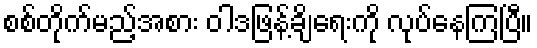
စစ်တိုက်မည့်အစား ဝါဒဖြန့်ချိရေးကို လုပ်နေကြပြီ။